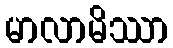
မာလာမိဿာ